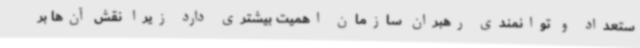
ستعداد و توانمندی رهبران سازمان اهمیت بیشتری دارد زیرا نقش آن‌ها بر